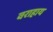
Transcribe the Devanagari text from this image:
वराहाय